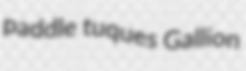
paddle tuques Gallion